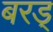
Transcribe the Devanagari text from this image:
बरड्